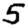
Digit: 5